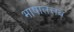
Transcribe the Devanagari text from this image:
भाषातत्तव